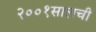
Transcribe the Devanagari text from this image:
२००१सालची